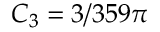
C _ { 3 } = 3 / 3 5 9 \pi